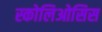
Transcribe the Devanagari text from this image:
स्कोलिओसिस